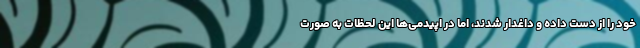
خود را از دست داده و داغدار شدند، اما در اپیدمی‌ها این لحظات به صورت